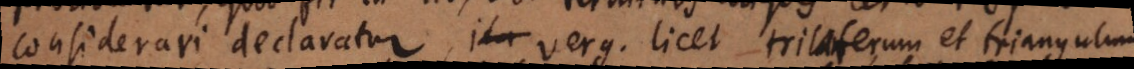
considerari declaratur, ver. g. licet trilaterum et triangulum